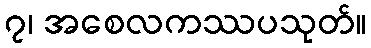
၇၊ အစေလကဿပသုတ်။